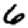
Digit: 6